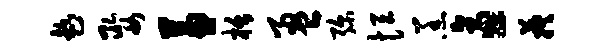
趁娶兼栝盈弥恒羔逼蔟